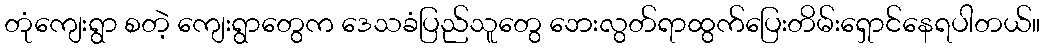
တုံကျေးရွာ စတဲ့ ကျေးရွာတွေက ဒေသခံပြည်သူတွေ ဘေးလွတ်ရာထွက်ပြေးတိမ်းရှောင်နေရပါတယ်။